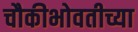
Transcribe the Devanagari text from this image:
चौकीभोवतीच्या